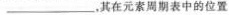
___，其在元素周期表中的位置